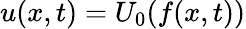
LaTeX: u(x,t)=U_{0}(f(x,t))